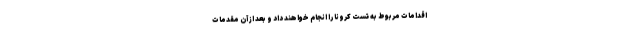
اقدامات مربوط به تست کرونا را انجام خواهند داد و بعد از آن مقدمات